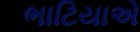
ભાટિયાએ